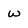
Character: W